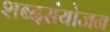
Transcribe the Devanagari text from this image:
शब्दसंयोजन